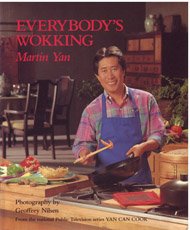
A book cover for Everybody's Wokking; Martin Yan; Cookbooks, Food & Wine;